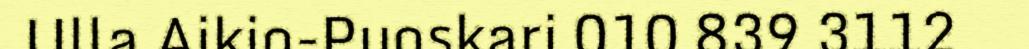
Ulla Aikio-Puoskari 010 839 3112